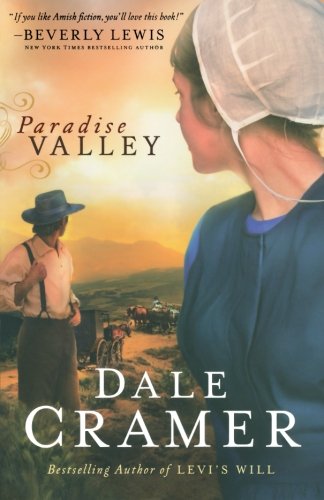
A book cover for Paradise Valley (The Daughters of Caleb Bender); Dale Cramer; Christian Books & Bibles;